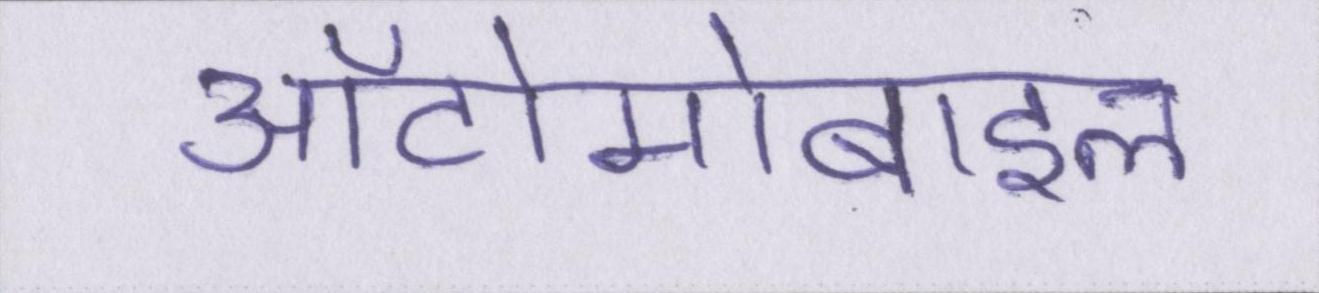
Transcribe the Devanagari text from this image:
ऑटोमोबाइल